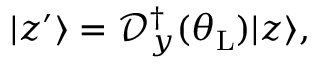
\begin{array} { r } { | z { ' } \rangle = \mathcal { D } _ { y } ^ { \dagger } ( \theta _ { \mathrm { L } } ) | z \rangle , } \end{array}